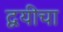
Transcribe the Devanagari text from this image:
द्वयीचा